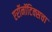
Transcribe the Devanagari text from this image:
एरॉनॉटिक्सचा